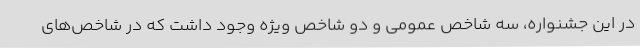
در این جشنواره، سه شاخص عمومی و دو شاخص ویژه وجود داشت که در شاخص‌های